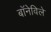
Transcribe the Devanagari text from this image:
बॉनेविले